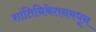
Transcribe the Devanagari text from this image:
शांतिनिकेतनमधून